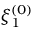
\xi _ { 1 } ^ { ( 0 ) }